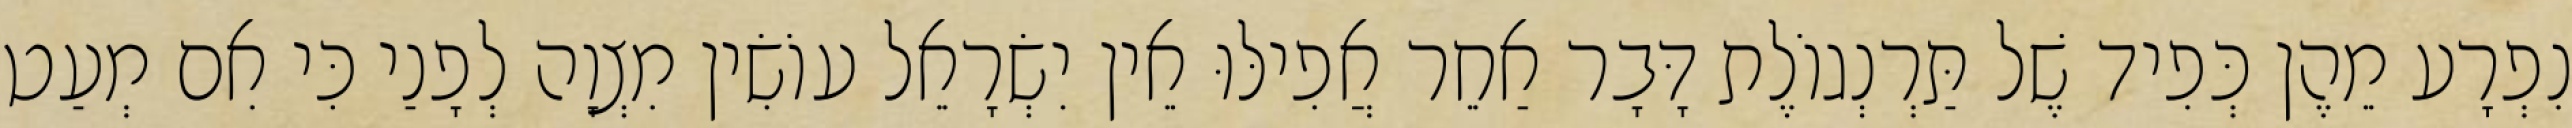
נִפְרָע מֵהֶן כְּפִיד שֶׁל תַּרְנְגוֹלֶת דָּבָר אַחֵר אֲפִילּוּ אֵין יִשְׂרָאֵל עוֹשִׂין מִצְוָה לְפָנַי כִּי אִם מְעַט